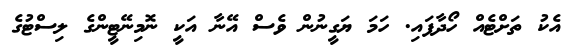
އެކު ތަށްޓެއް ހޯދާފައި. ހަމަ ޔަގީނުން ވެސް އޭނާ އަކީ ނޮމިނޭޓީންގެ ލިސްޓުގެ